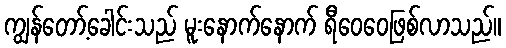
ကျွန်တော့်ခေါင်းသည် မူးနောက်နောက် ရီဝေဝေဖြစ်လာသည်။